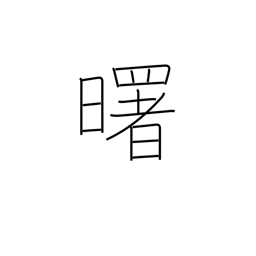
Meaning: daybreak